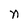
Character: n